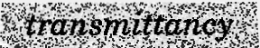
transmittancy